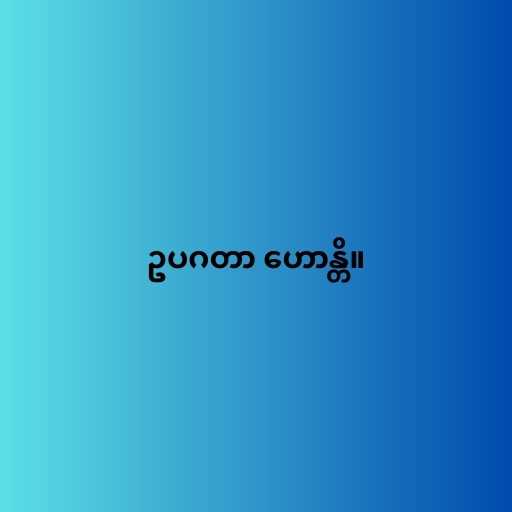
ဥပဂတာ ဟောန္တိ။